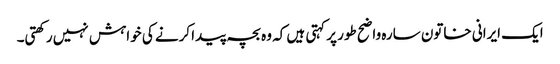
ایک ایرانی خاتون سارہ واضح طور پر کہتی ہیں کہ وہ بچہ پیدا کرنے کی خواہش نہیں رکھتی۔